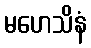
မဟေသိနံ